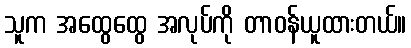
သူက အထွေထွေ အလုပ်ကို တာဝန်ယူထားတယ်။